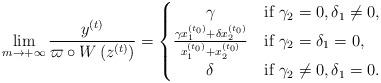
LaTeX: \begin{align*}\lim_{m\rightarrow+\infty}\frac{y^{(t)}}{\varpi\circ W\left(z^{(t)}\right)}=\begin{cases}\qquad\gamma & \mbox{if }\gamma_{2}=0,\delta_{1}\neq0,\\\frac{\gamma x_1^{(t_0)}+\delta x_{2}^{(t_{0})}}{x_{1}^{\left(t_{0}\right)}+x_{2}^{\left(t_{0}\right)}} & \mbox{if }\gamma_{2}=\delta_{1}=0,\\\qquad\delta & \mbox{if }\gamma_{2}\neq0,\delta_{1}=0.\end{cases}\end{align*}